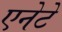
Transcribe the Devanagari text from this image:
एनेटे